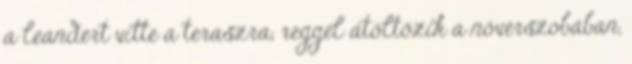
a leandert vitte a teraszra, reggel átöltözik a nővérszobában,